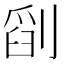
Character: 𠞞